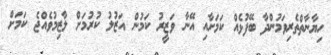
ހިޔާނާތްތެރިވަމުންދާ ބޭފުޅެއް ކަމަށާއި އޭނާ ވަޒީރު ކަމުން އަޒުލު ކުރުމަށް ލާޒިމުވެއްޖެ ކަމަށް